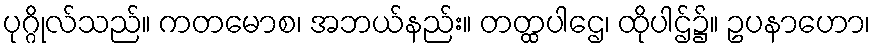
ပုဂ္ဂိုလ်သည်။ ကတမောစ၊ အဘယ်နည်း။ တတ္ထပါဌေ၊ ထိုပါဌ်၌။ ဥပနာဟော၊